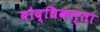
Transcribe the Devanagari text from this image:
बौद्धिकत्ता